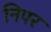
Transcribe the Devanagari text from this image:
निपर